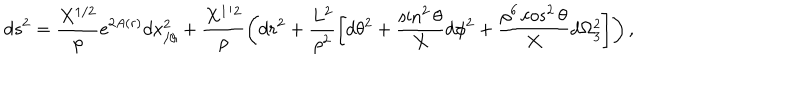
d s ^ { 2 } = \frac { X ^ { 1 / 2 } } { \rho } e ^ { 2 A ( r ) } d x _ { / / } ^ { 2 } + \frac { X ^ { 1 / 2 } } { \rho } \left( d r ^ { 2 } + \frac { L ^ { 2 } } { \rho ^ { 2 } } \left[ d \theta ^ { 2 } + \frac { \sin ^ { 2 } \theta } { X } d \phi ^ { 2 } + \frac { \rho ^ { 6 } \cos ^ { 2 } \theta } { X } d \Omega _ { 3 } ^ { 2 } \right] \right) ,